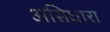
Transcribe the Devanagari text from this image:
असिधारा